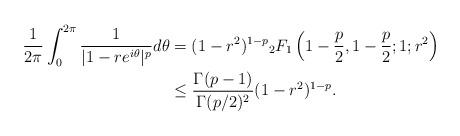
LaTeX: \begin{align*}\frac{1}{2\pi} \int_0^{2\pi} \frac{1}{|1-re^{i\theta}|^p} d\theta &= (1-r^2)^{1-p} {}_2F_1\left(1-\frac{p}{2}, 1-\frac{p}{2};1;r^2\right)\\ &\le \frac{\Gamma(p-1)}{\Gamma(p/2)^2} (1-r^2)^{1-p}.\end{align*}